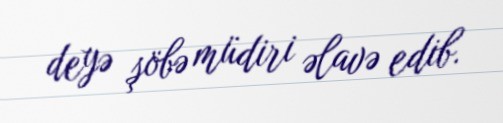
deyə şöbə müdiri əlavə edib.